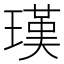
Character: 𤨢